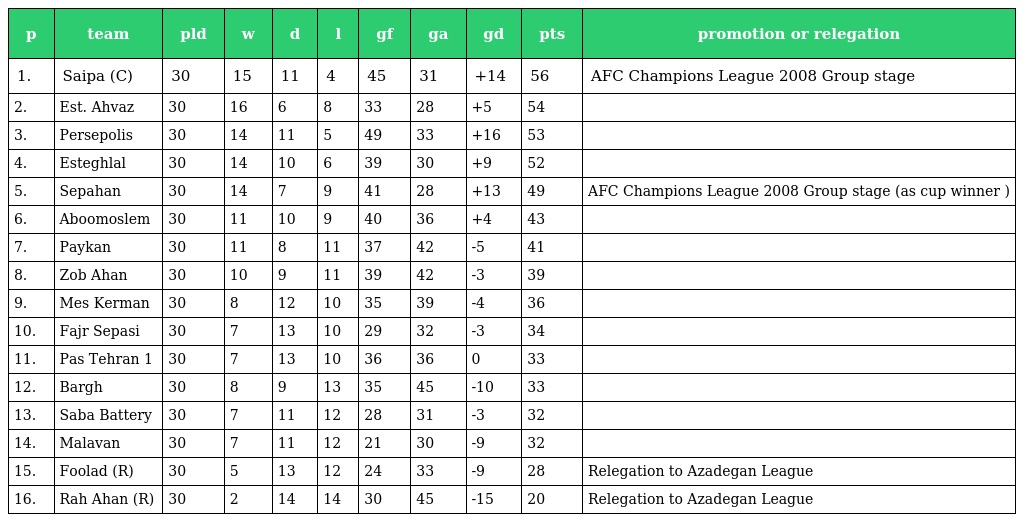
| p | team | pld | w | d | l | gf | ga | gd | pts | promotion or relegation |
 | --- | --- | --- | --- | --- | --- | --- | --- | --- | --- | --- |
 | 1. | Saipa (C) | 30 | 15 | 11 | 4 | 45 | 31 | +14 | 56 | AFC Champions League 2008 Group stage |
 | 2. | Est. Ahvaz | 30 | 16 | 6 | 8 | 33 | 28 | +5 | 54 |  |
 | 3. | Persepolis | 30 | 14 | 11 | 5 | 49 | 33 | +16 | 53 |  |
 | 4. | Esteghlal | 30 | 14 | 10 | 6 | 39 | 30 | +9 | 52 |  |
 | 5. | Sepahan | 30 | 14 | 7 | 9 | 41 | 28 | +13 | 49 | AFC Champions League 2008 Group stage (as cup winner ) |
 | 6. | Aboomoslem | 30 | 11 | 10 | 9 | 40 | 36 | +4 | 43 |  |
 | 7. | Paykan | 30 | 11 | 8 | 11 | 37 | 42 | -5 | 41 |  |
 | 8. | Zob Ahan | 30 | 10 | 9 | 11 | 39 | 42 | -3 | 39 |  |
 | 9. | Mes Kerman | 30 | 8 | 12 | 10 | 35 | 39 | -4 | 36 |  |
 | 10. | Fajr Sepasi | 30 | 7 | 13 | 10 | 29 | 32 | -3 | 34 |  |
 | 11. | Pas Tehran 1 | 30 | 7 | 13 | 10 | 36 | 36 | 0 | 33 |  |
 | 12. | Bargh | 30 | 8 | 9 | 13 | 35 | 45 | -10 | 33 |  |
 | 13. | Saba Battery | 30 | 7 | 11 | 12 | 28 | 31 | -3 | 32 |  |
 | 14. | Malavan | 30 | 7 | 11 | 12 | 21 | 30 | -9 | 32 |  |
 | 15. | Foolad (R) | 30 | 5 | 13 | 12 | 24 | 33 | -9 | 28 | Relegation to Azadegan League |
 | 16. | Rah Ahan (R) | 30 | 2 | 14 | 14 | 30 | 45 | -15 | 20 | Relegation to Azadegan League |